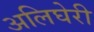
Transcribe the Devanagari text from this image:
अलिघेरी